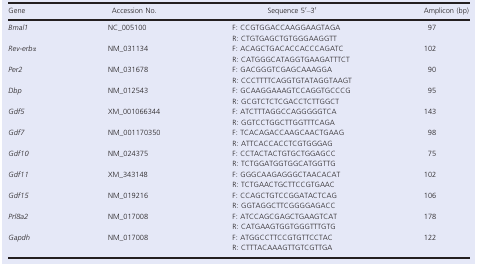
<table><thead><tr><td><b>Gene</b></td><td><b>Accession No.</b></td><td><b>Sequence 5′–3′</b></td><td><b>Amplicon (bp)</b></td></tr></thead><tbody><tr><td rowspan="2"><i>Bmal1</i></td><td rowspan="2">NC_005100</td><td>F: CCGTGGACCAAGGAAGTAGA</td><td rowspan="2">97</td></tr><tr><td>R: CTGTGAGCTGTGGGAAGGTT</td></tr><tr><td rowspan="2"><i>Rev‐erbα</i></td><td rowspan="2">NM_031134</td><td>F: ACAGCTGACACCACCCAGATC</td><td rowspan="2">102</td></tr><tr><td>R: CATGGGCATAGGTGAAGATTTCT</td></tr><tr><td rowspan="2"><i>Per2</i></td><td rowspan="2">NM_031678</td><td>F: GACGGGTCGAGCAAAGGA</td><td rowspan="2">90</td></tr><tr><td>R: CCCTTTTCAGGTGTATAGGTAAGT</td></tr><tr><td rowspan="2"><i>Dbp</i></td><td rowspan="2">NM_012543</td><td>F: GCAAGGAAAGTCCAGGTGCCCG</td><td rowspan="2">95</td></tr><tr><td>R: GCGTCTCTCGACCTCTTGGCT</td></tr><tr><td rowspan="2"><i>Gdf5</i></td><td rowspan="2">XM_001066344</td><td>F: ATCTTTAGGCCAGGGGGTCA</td><td rowspan="2">143</td></tr><tr><td>R: GGTCCTGGCTTGGTTTCAGA</td></tr><tr><td rowspan="2"><i>Gdf7</i></td><td rowspan="2">NM_001170350</td><td>F: TCACAGACCAAGCAACTGAAG</td><td rowspan="2">98</td></tr><tr><td>R: ATTCACCACCTCGTGGGAG</td></tr><tr><td rowspan="2"><i>Gdf10</i></td><td rowspan="2">NM_024375</td><td>F: CCTACTACTGTGCTGGAGCC</td><td rowspan="2">75</td></tr><tr><td>R: TCTGGATGGTGGCATGGTTG</td></tr><tr><td rowspan="2"><i>Gdf11</i></td><td rowspan="2">XM_343148</td><td>F: GGGCAAGAGGGCTAACACAT</td><td rowspan="2">102</td></tr><tr><td>R: TCTGAACTGCTTCCGTGAAC</td></tr><tr><td rowspan="2"><i>Gdf15</i></td><td rowspan="2">NM_019216</td><td>F: CCAGCTGTCCGGATACTCAG</td><td rowspan="2">106</td></tr><tr><td>R: GGTAGGCTTCGGGGAGACC</td></tr><tr><td rowspan="2"><i>Prl8a2</i></td><td rowspan="2">NM_017008</td><td>F: ATCCAGCGAGCTGAAGTCAT</td><td rowspan="2">178</td></tr><tr><td>R: CATGAAGTGGTGGGTTTGTG</td></tr><tr><td rowspan="2"><i>Gapdh</i></td><td rowspan="2">NM_017008</td><td>F: ATGGCCTTCCGTGTTCCTAC</td><td rowspan="2">122</td></tr><tr><td>R: CTTTACAAAGTTGTCGTTGA</td></tr></tbody></table>